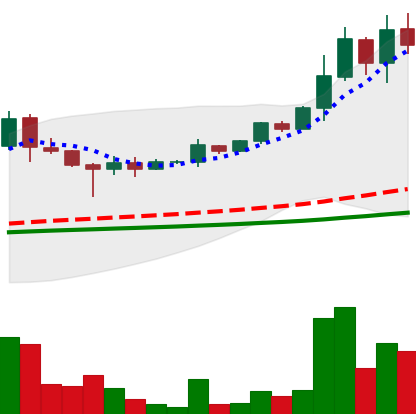
Ticker: DOGE-USD
Chart end date: 2021-05-08
Forward return: -22.95%
Label: down_7plus